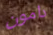
دامون